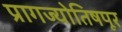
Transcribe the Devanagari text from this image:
प्रागज्योतिषपूर